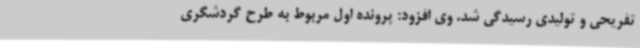
تفریحی و تولیدی رسیدگی شد. وی افزود: پرونده اول مربوط به طرح گردشگری